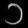
Digit: ၁